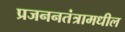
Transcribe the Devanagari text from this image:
प्रजननतंत्रामधील